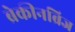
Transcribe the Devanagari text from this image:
ब्रेकीनब्रिज